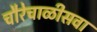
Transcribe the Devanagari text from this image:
चौरेचाळीसवा